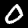
Label: 0